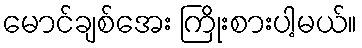
မောင်ချစ်အေး ကြိုးစားပါ့မယ်။